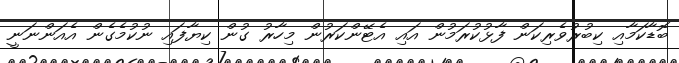
ބޮޑާކަމާއި ކިބުރުވެރިކަން ފާޅުކުރަމުން އައި އެޓޭންކަރުން މިހާރު ގުން ކިޔާފައި ނުކުމެގެން އެއަންނަނީ